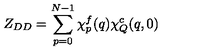
Z _ { D D } = \sum _ { p = 0 } ^ { N - 1 } \chi _ { p } ^ { f } ( q ) \chi _ { Q } ^ { c } ( q , 0 )